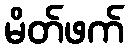
မိတ်ဖက်